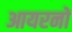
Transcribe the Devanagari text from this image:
आयरनों